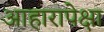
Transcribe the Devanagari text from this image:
आहारापेक्षा